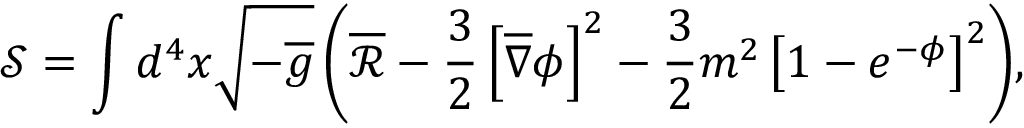
\mathcal { S } = \int { d ^ { 4 } x \sqrt { - \overline { { { g } } } } \left( \overline { { { \mathcal { R } } } } - \frac { 3 } { 2 } \left[ \overline { { { \nabla } } } \phi \right] ^ { 2 } - \frac { 3 } { 2 } m ^ { 2 } \left[ 1 - e ^ { - \phi } \right] ^ { 2 } \right) } ,